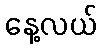
နေ့လယ်